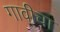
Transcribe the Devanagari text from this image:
गावीचा